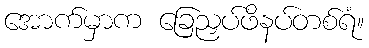
အောက်မှာက ခြေညှပ်ဖိနပ်တစ်ရံ။